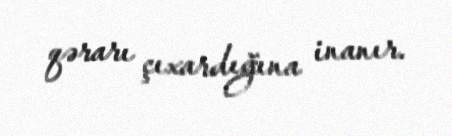
qərarı çıxardığına inanır.